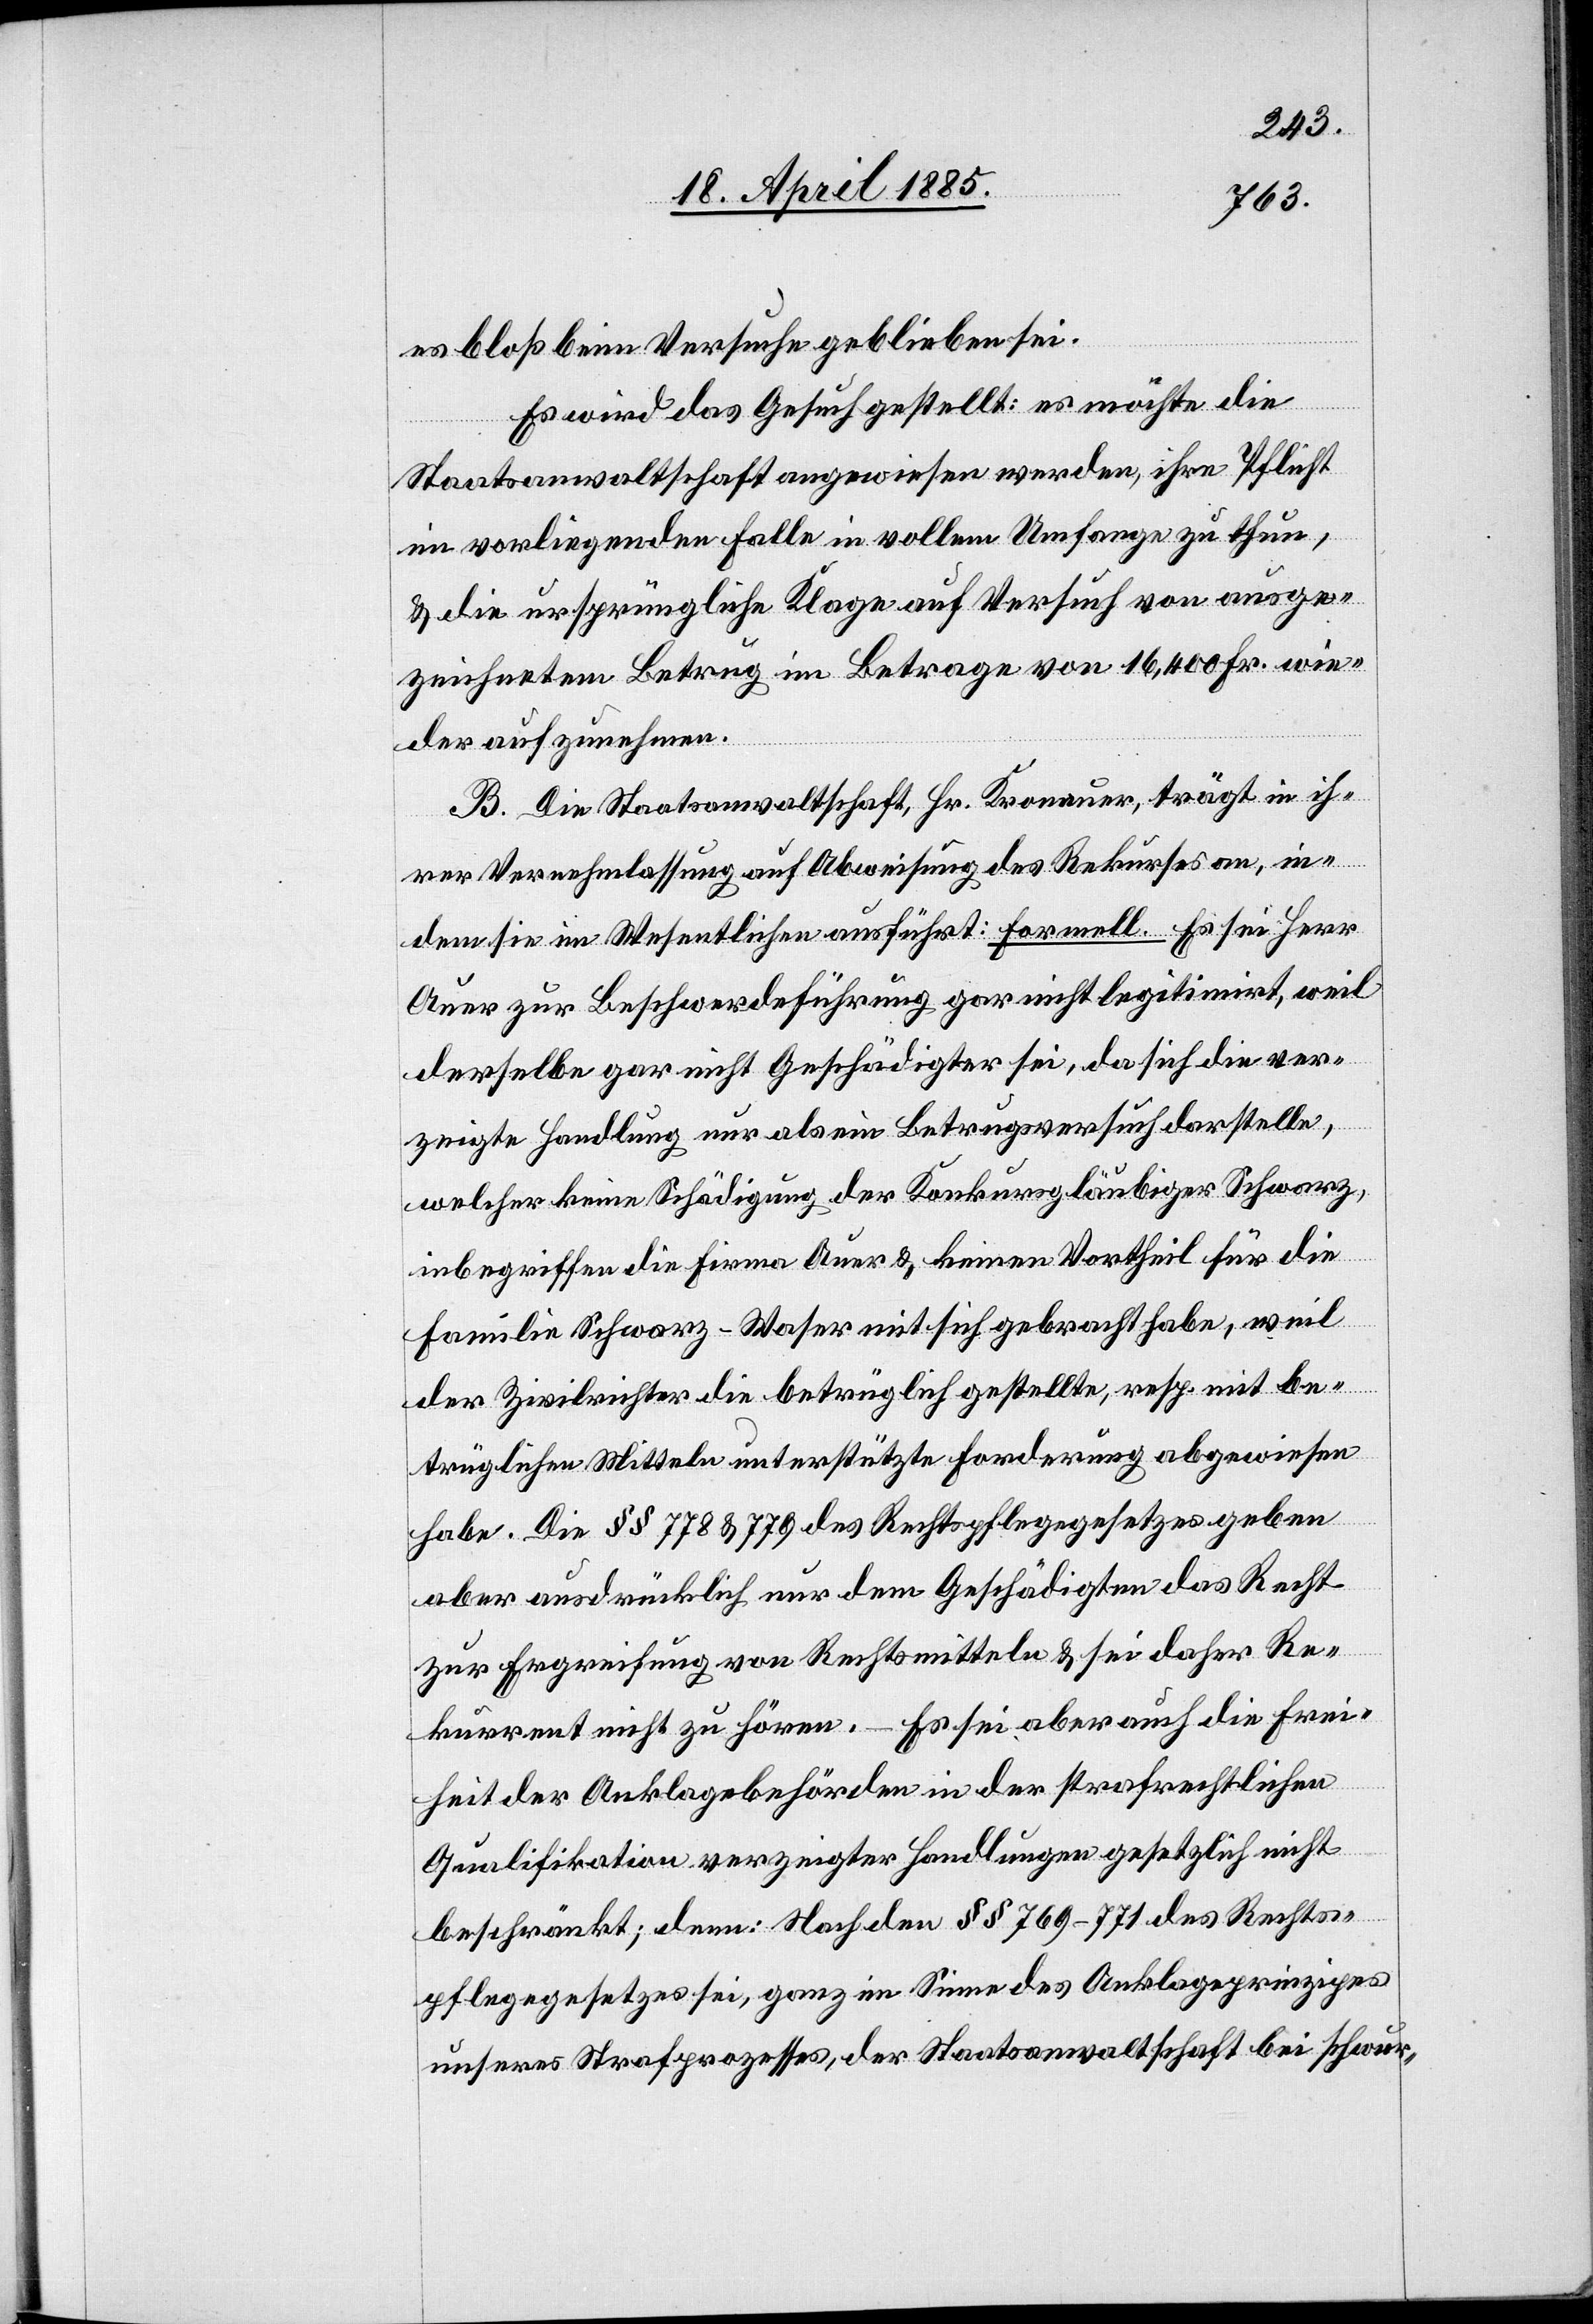
es bloß beim Versuche geblieben sei.
Es wird das Gesuch gestellt: es möchte die
Staatsanwaltschaft angewiesen werden, ihre Pflicht
im vorliegenden Falle in vollem Umfange zu thun,
& die ursprüngliche Klage auf Versuch von ausge¬
zeichnetem Betrug im Betrage von 16,400 Fr. wie¬
der aufzunehmen.
B. Die Staatsanwaltschaft, Hr. Kronauer, trägt in ih¬
rer Vernehmlassung auf Abweisung des Rekurses an, in¬
dem sie im Wesentlichen anführt: formell. Es sei Herr
Auer zur Beschwerdeführung gar nicht legitimirt, weil
derselbe gar nicht Geschädigter sei, da sich die ver¬
zeigte Handlung nur als ein Betrugsversuch darstelle,
welcher keine Schädigung der Konkursgläubiger Schwarz,
inbegriffen die Firma Auer & keinen Vortheil für die
Familie Schwarz-Waser mit sich gebracht habe, weil
der Zivilrichter die betrüglich gestellte, resp. mit be¬
trüglichen Mitteln unterstützte Forderung abgewiesen
habe. Die §§ 778 & 779 des Rechtspflegegesetzes geben
aber ausdrücklich nur dem Geschädigtem das Recht
zur Ergreifung von Rechtsmitteln & sei daher Re¬
kurrent nicht zu hören. – Es sei aber auch die Frei¬
heit der Anklagebehörden in der strafrechtlichen
Qualifikation verzeigter Handlungen gesetzlich nicht
beschränkt; denn: Nach den §§ 769–771 des Rechts¬
pflegegesetzes sei, ganz im Sinne des Anklageprinzipes
unseres Strafprozesses, der Staatsanwaltschaft bei schwur-